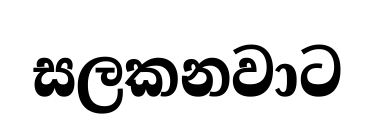
සලකනවාට